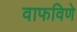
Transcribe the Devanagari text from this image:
वाफविणे